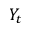
Y _ { t }